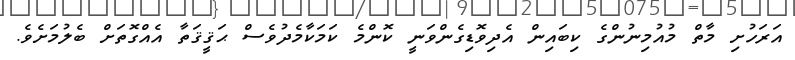
އަރަހުށި މާތް މުއުމިނުންގެ ކިބައިން އެދިވޮޑިގެންވަނީ ކޮންމެ ކަމަކާމެދުވެސް ޙަޤީޤަތާ އެއްގޮތަށް ބެލުމަށެވެ.